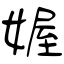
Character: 媉